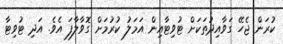
ކުރަން ޖެހޭ ގަވާއިދުތަކަށް ޓުވިޓާއިން އަމަލު ކުރުމަށް ގޮވާލާފަ އެވެ. އަދި ޓުވިޓާ